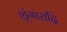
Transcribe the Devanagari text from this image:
शृंगारादि